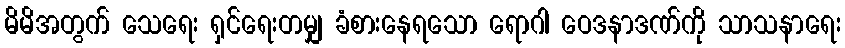
မိမိအတွက် သေရေး ရှင်ရေးတမျှ ခံစားနေရသော ရောဂါ ဝေဒနာဒဏ်ကို သာသနာရေး